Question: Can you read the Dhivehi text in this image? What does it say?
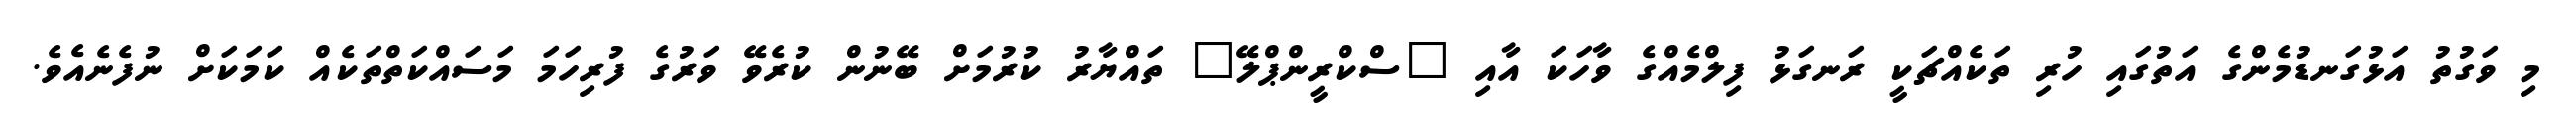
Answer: މި ވަގުތު އަޅުގަނޑުމެންގެ އަތުގައި ހުރި ތަކެއްޗަކީ ރަނގަޅު ފިލްމެއްގެ ވާހަކަ އާއި "ސްކްރީންޕްލޭ" ތައްޔާރު ކުރުމަށް ބޭނުން ކުރެވޭ ވަރުގެ ފުރިހަމަ މަސައްކަތްތަކެއް ކަމަކަށް ނުފެނެއެވެ.